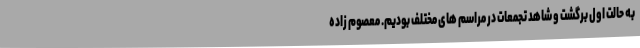
به حالت اول برگشت و شاهد تجمعات در مراسم های مختلف بودیم. معصوم زاده